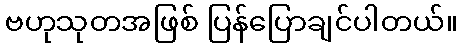
ဗဟုသုတအဖြစ် ပြန်ပြောချင်ပါတယ်။